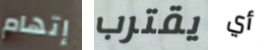
إتهام يقترب أي